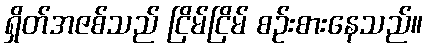
ရှိတ်အဇစ်သည် ငြိမ်ငြိမ် စဉ်းစားနေသည်။